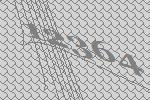
12364